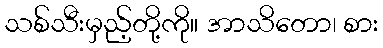
သစ်သီးမှည့်တို့ကို။ အာသိတော၊ စား